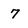
Character: 7